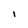
Character: I